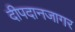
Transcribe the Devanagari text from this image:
दीपदानजागर